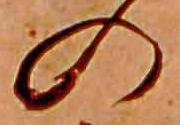
の